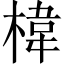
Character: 椲